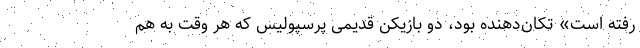
رفته است» تکان‌دهنده بود، دو بازیکن قدیمی پرسپولیس که هر وقت به هم